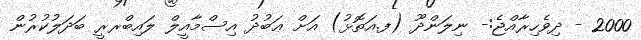
2000 - ދިވެހިރާއްޖެ:- ނިލަންދޫ (ފ.އަތޮޅު) އަށް ޢަބުދު އިސްމާއީލް ލައިބްރރީ ބަދަލުކުރުން